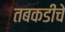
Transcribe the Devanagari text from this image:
तबकडीचे